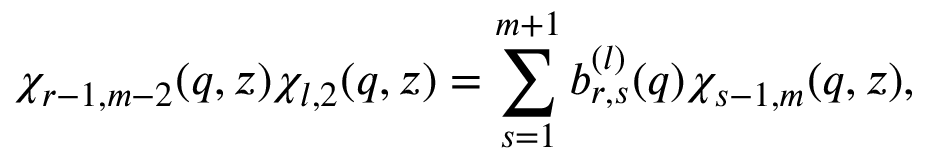
\chi _ { r - 1 , m - 2 } ( q , z ) \chi _ { l , 2 } ( q , z ) = \sum _ { s = 1 } ^ { m + 1 } b _ { r , s } ^ { ( l ) } ( q ) \chi _ { s - 1 , m } ( q , z ) ,